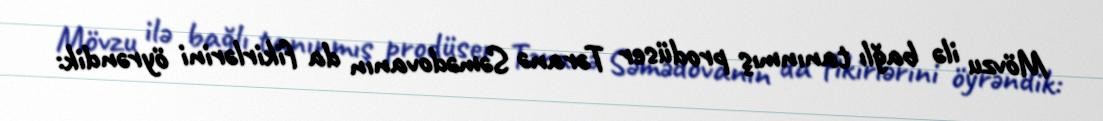
Mövzu ilə bağlı tanınmış prodüser Təranə Səmədovanın da fikirlərini öyrəndik: